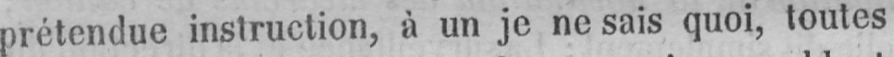
prétendue instruction, à un je ne sais quoi, toutes